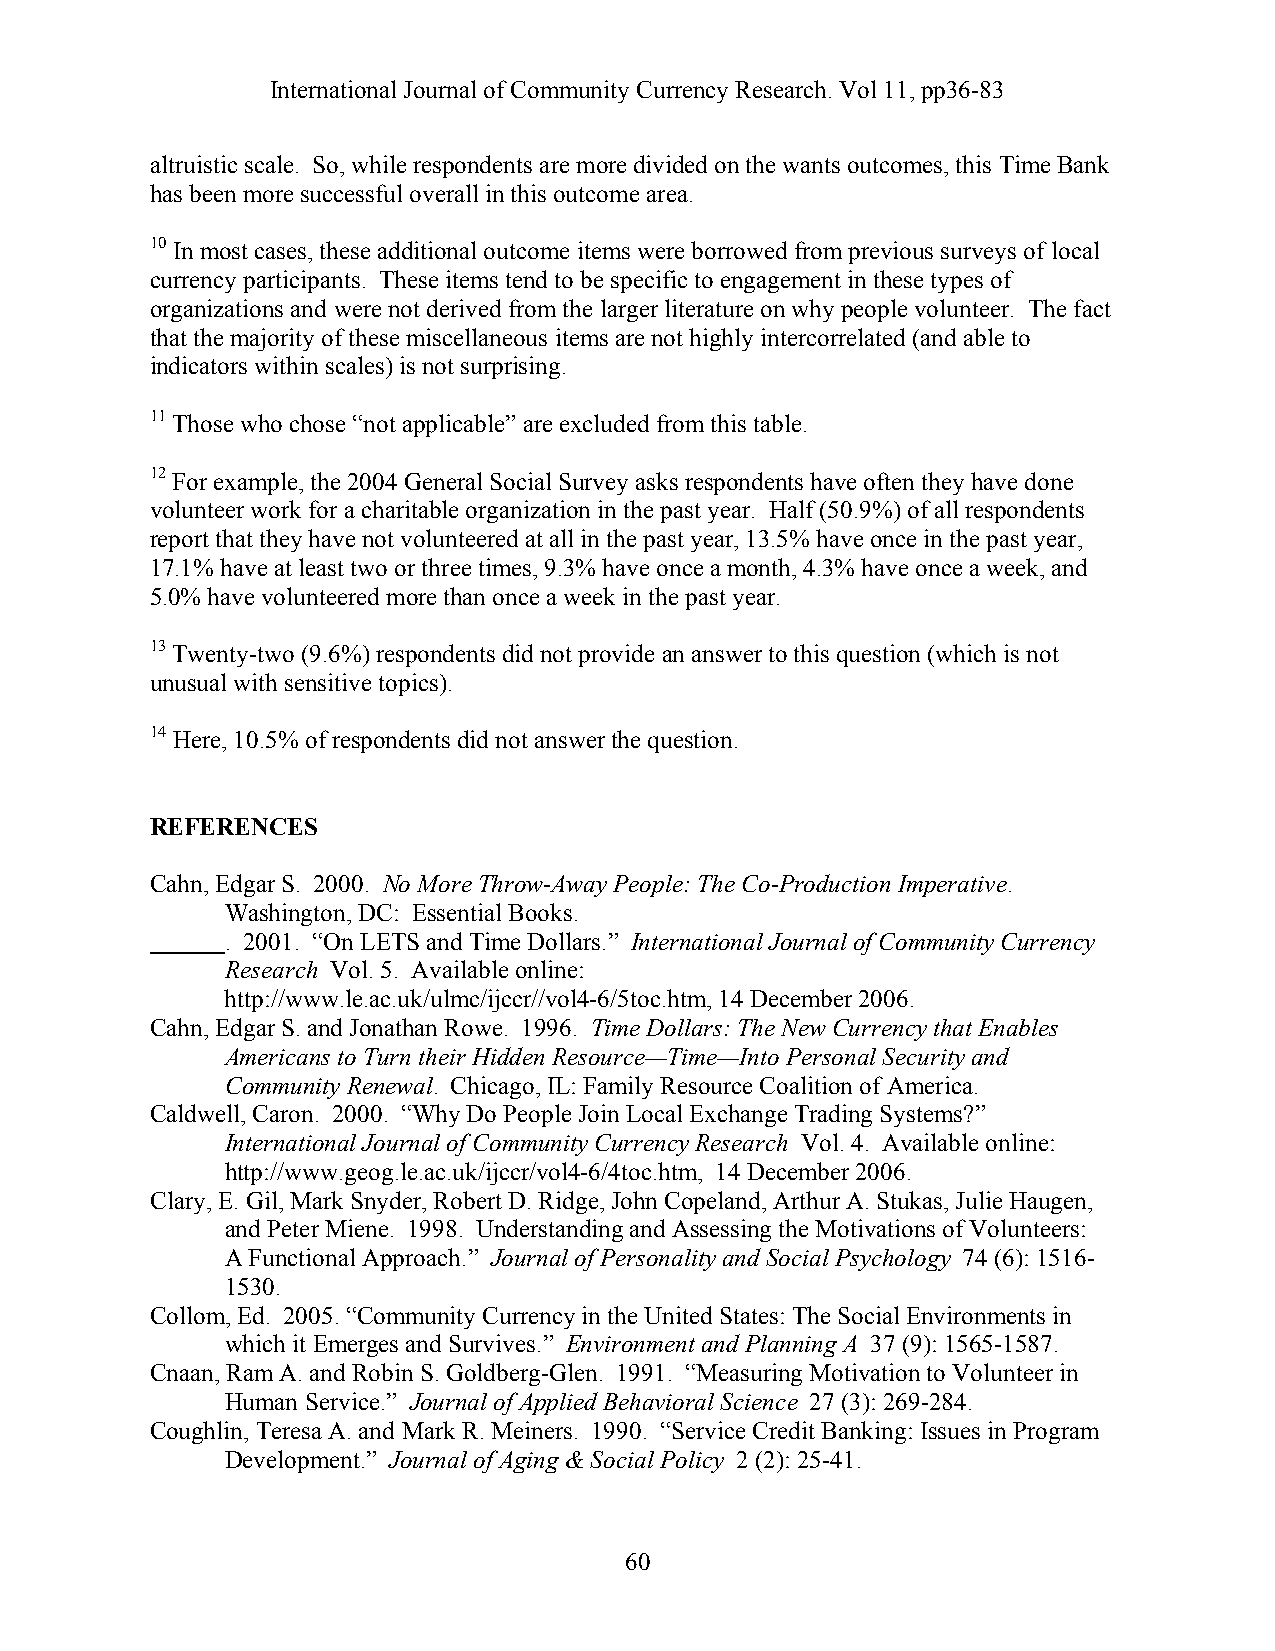
International Journal of Community Currency Research. Vol 11, pp36-83
 altruistic scale. So, while respondents are more divided on the wants outcomes, this Time Bank
 has been more successful overall in this outcome area.
 10 In most cases, these additional outcome items were borrowed from previous surveys of local
 currency participants. These items tend to be specific to engagement in these types of
 organizations and were not derived from the larger literature on why people volunteer. The fact
 that the majority of these miscellaneous items are not highly intercorrelated (and able to
 indicators within scales) is not surprising.
 11 Those who chose “not applicable” are excluded from this table.
 12 For example, the 2004 General Social Survey asks respondents have often they have done
 volunteer work for a charitable organization in the past year. Half (50.9%) of all respondents
 report that they have not volunteered at all in the past year, 13.5% have once in the past year,
 17.1% have at least two or three times, 9.3% have once a month, 4.3% have once a week, and
 5.0% have volunteered more than once a week in the past year.
 13 Twenty-two (9.6%) respondents did not provide an answer to this question (which is not
 unusual with sensitive topics).
 14 Here, 10.5% of respondents did not answer the question.
 REFERENCES
 Cahn, Edgar S. 2000. No More Throw-Away People: The Co-Production Imperative.
 Washington, DC: Essential Books.
 . 2001. “On LETS and Time Dollars.” International Journal of Community Currency
 Research Vol. 5. Available online:
 http://www.le.ac.uk/ulmc/ijccr//vol4-6/5toc.htm, 14 December 2006.
 Cahn, Edgar S. and Jonathan Rowe. 1996. Time Dollars: The New Currency that Enables
 Americans to Turn their Hidden Resource—Time—Into Personal Security and
 Community Renewal. Chicago, IL: Family Resource Coalition of America.
 Caldwell, Caron. 2000. “Why Do People Join Local Exchange Trading Systems?”
 International Journal of Community Currency Research Vol. 4. Available online:
 http://www.geog.le.ac.uk/ijccr/vol4-6/4toc.htm, 14 December 2006.
 Clary, E. Gil, Mark Snyder, Robert D. Ridge, John Copeland, Arthur A. Stukas, Julie Haugen,
 and Peter Miene. 1998. Understanding and Assessing the Motivations of Volunteers:
 A Functional Approach.” Journal of Personality and Social Psychology 74 (6): 1516-
 1530.
 Collom, Ed. 2005. “Community Currency in the United States: The Social Environments in
 which it Emerges and Survives.” Environment and Planning A 37 (9): 1565-1587.
 Cnaan, Ram A. and Robin S. Goldberg-Glen. 1991. “Measuring Motivation to Volunteer in
 Human Service.” Journal of Applied Behavioral Science 27 (3): 269-284.
 Coughlin, Teresa A. and Mark R. Meiners. 1990. “Service Credit Banking: Issues in Program
 Development.” Journal of Aging & Social Policy 2 (2): 25-41.
 60